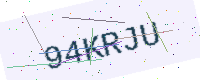
Text: 94KRJU